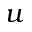
u